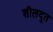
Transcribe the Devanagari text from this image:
शीलदूत